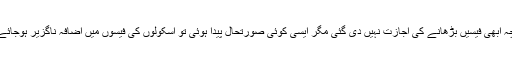
اگرچہ ابھی فیسیں بڑھانے کی اجازت نہیں دی گئی مگر ایسی کوئی صورتحال پیدا ہوئی تو اسکولوں کی فیسوں میں اضافہ ناگزیر ہوجائے گا۔